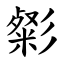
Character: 㣓